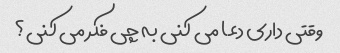
وقتی داری دعا می کنی به چی فکر می کنی؟